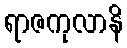
ရာဇကုလာနိ